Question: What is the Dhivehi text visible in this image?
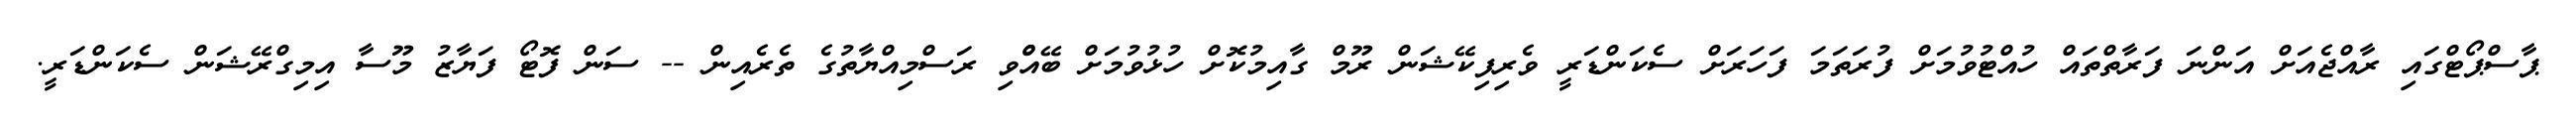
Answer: ޕާސްޕޯޓްގައި ރާއްޖެއަށް އަންނަ ފަރާތްތައް ހުއްޓުވުމަށް ފުރަތަމަ ފަހަރަށް ސެކަންޑަރީ ވެރިފިކޭޝަން ރޫމް ގާއިމުކޮށް ހުޅުވުމަށް ބޭއްްވި ރަސްމިއްޔާތުގެ ތެރެއިން -- ސަން ފޮޓޯ ފަޔާޒު މޫސާ އިމިގްރޭޝަން ސެކަންޑަރީ.